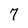
Character: 7